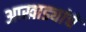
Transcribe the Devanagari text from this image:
आखाड्यांचे